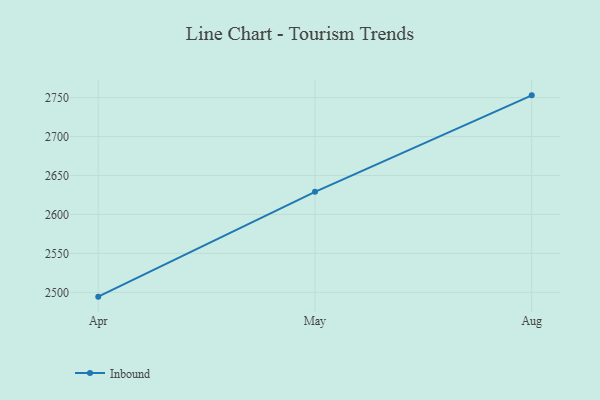
{"axis": {"x": "Month", "y": "Headcount"}, "legend": ["Inbound"], "data": [{"x": "Apr", "y": 2494.5, "type": "Inbound"}, {"x": "May", "y": 2629.0, "type": "Inbound"}, {"x": "Aug", "y": 2752.9, "type": "Inbound"}]}